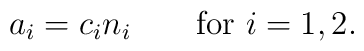
a_i = c_i n_i \qquad \textrm{for $i=1,2$}.